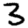
Digit: 3